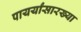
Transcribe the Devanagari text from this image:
पायर्यांसारख्या